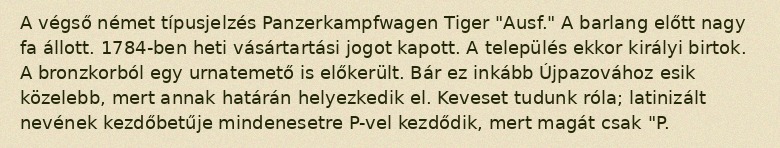
A végső német típusjelzés Panzerkampfwagen Tiger "Ausf." A barlang előtt nagy fa állott. 1784-ben heti vásártartási jogot kapott. A település ekkor királyi birtok. A bronzkorból egy urnatemető is előkerült. Bár ez inkább Újpazovához esik közelebb, mert annak határán helyezkedik el. Keveset tudunk róla; latinizált nevének kezdőbetűje mindenesetre P-vel kezdődik, mert magát csak "P.